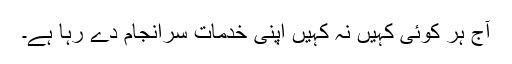
آج ہر کوئی کہیں نہ کہیں اپنی خدمات سرانجام دے رہا ہے۔